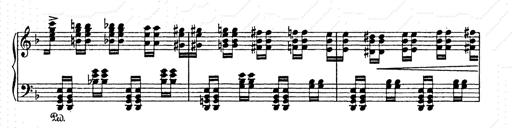
Title: AnnÃ©es de pÃ¨lerinage II
Composer: Franz Liszt